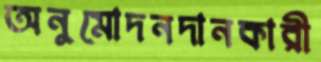
অনুমোদনদানকারী